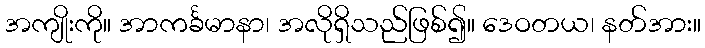
အကျိုးကို။ အာကင်္ခမာနာ၊ အလိုရှိသည်ဖြစ်၍။ ဒေဝတယ၊ နတ်အား။